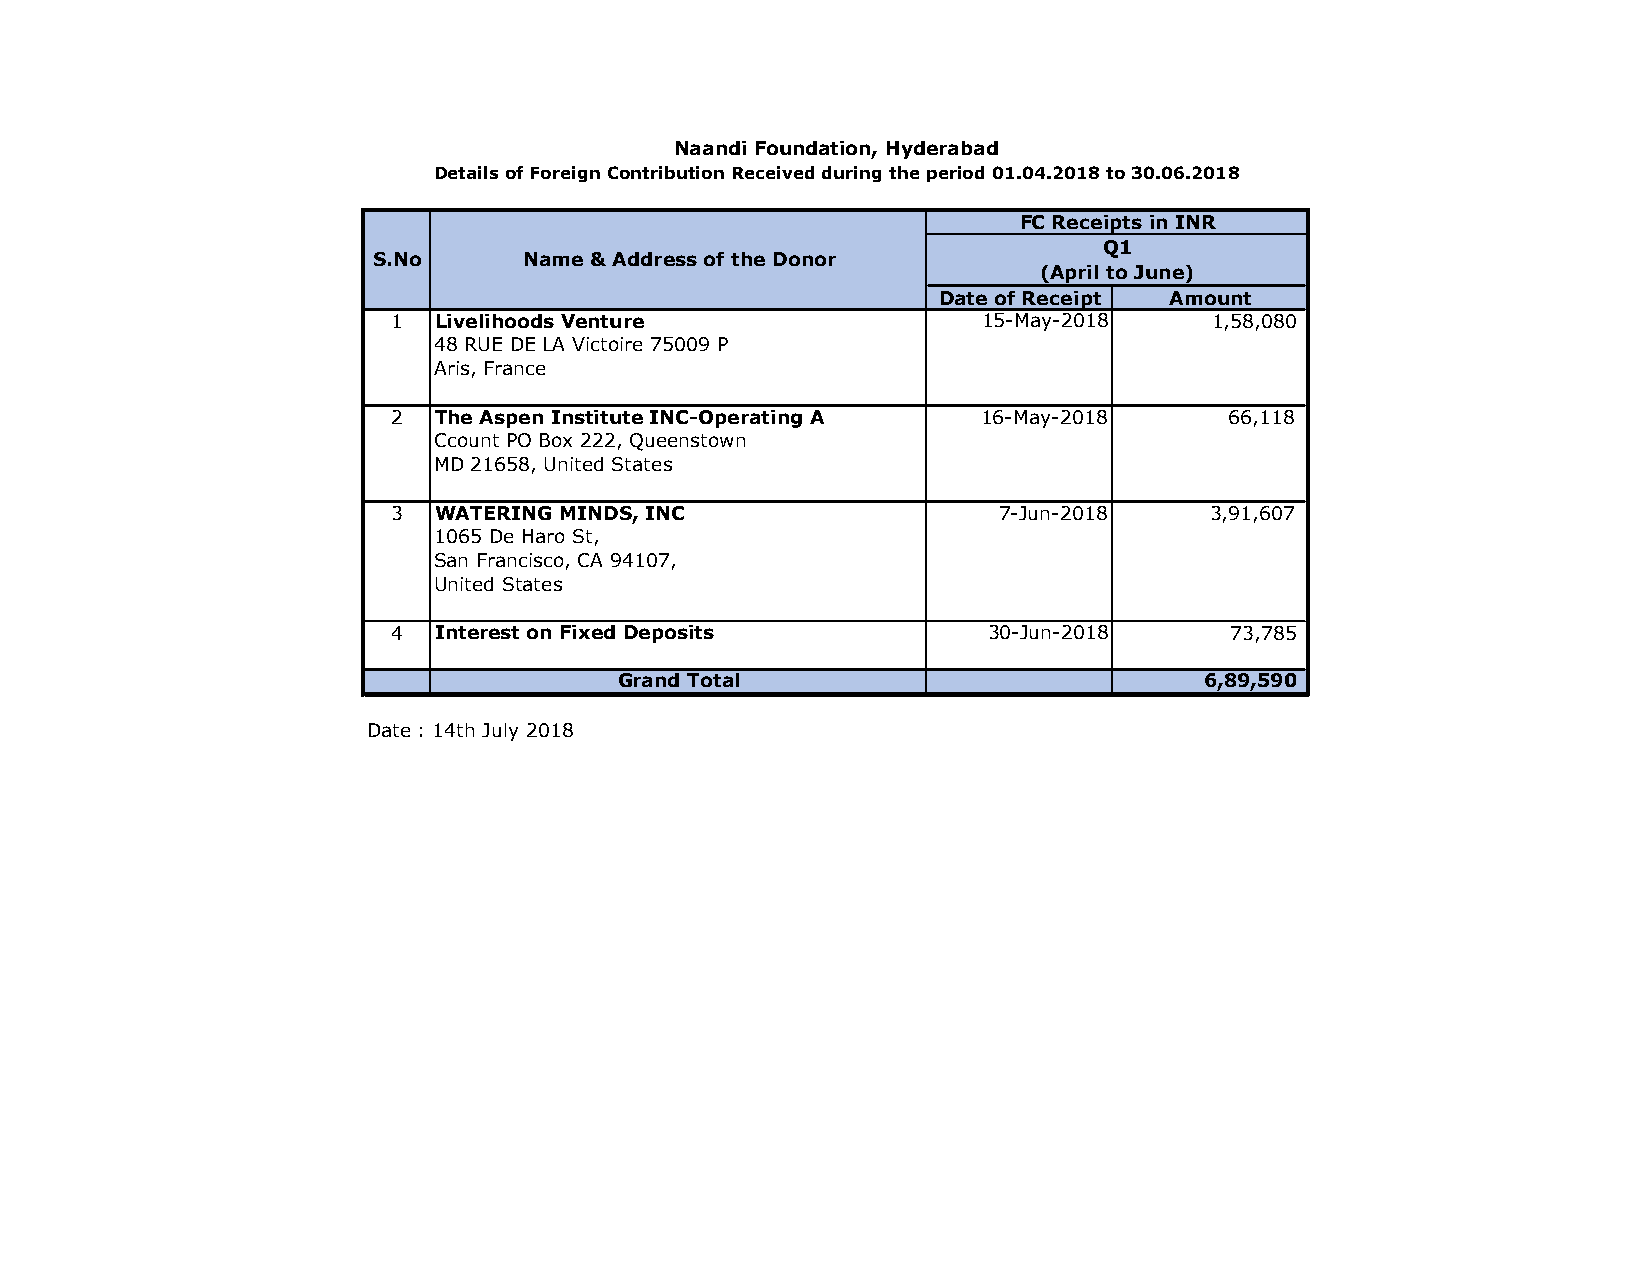
Naandi Foundation, Hyderabad
 Details of Foreign Contribution Received during the period 01.04.2018 to 30.06.2018
 FC Receipts in INR
 Q1
 S.No      Name & Address of the Donor
 (April to June)
 Date of Receipt Amount
 1  Livelihoods Venture                 15-May-2018    1,58,080
 48 RUE DE LA Victoire 75009 P
 Aris, France
 2  The Aspen Institute INC-Operating A 16-May-2018     6 6,118
 Ccount PO Box 222, Queenstown
 MD 21658, United States
 3  WATERING MINDS, INC                  7-Jun-2018    3,91,607
 1065 De Haro St,
 San Francisco, CA 94107,
 United States
 4  Interest on Fixed Deposits          30-Jun-2018     73,785
 Grand Total                            6,89,590
 Date : 14th July 2018